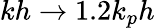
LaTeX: kh\rightarrow 1.2k_{p}h